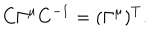
C \Gamma ^ { \mu } C ^ { - 1 } = ( \Gamma ^ { \mu } ) ^ { T } .